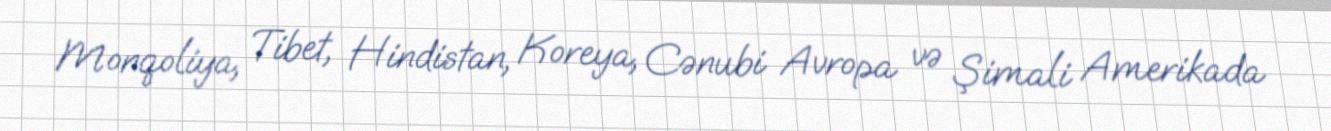
Monqoliya, Tibet, Hindistan, Koreya, Cənubi Avropa və Şimali Amerikada